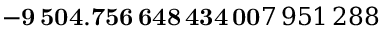
\mathbf { - 9 \, 5 0 4 . 7 5 6 \, 6 4 8 \, 4 3 4 \, 0 0 } 7 \, 9 5 1 \, 2 8 8